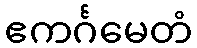
ဧကင်္ဂမေတံ